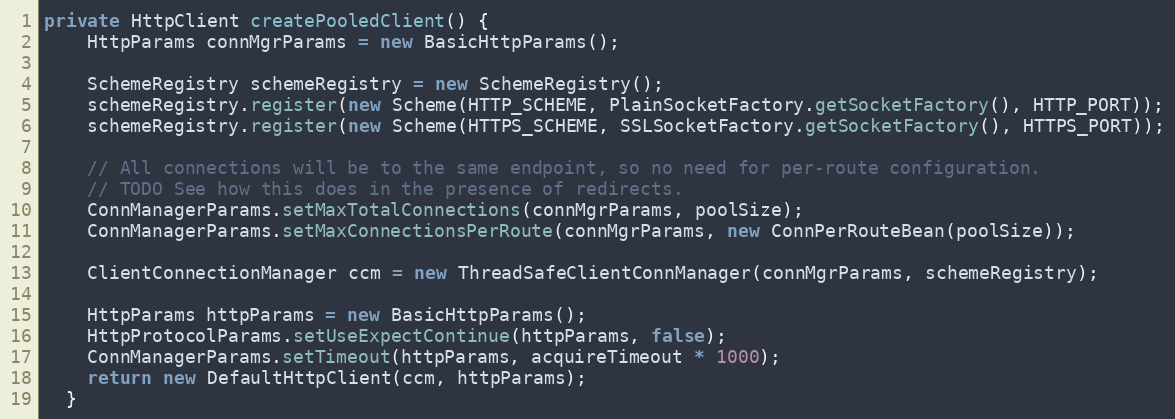
Language: Java
private HttpClient createPooledClient() {
    HttpParams connMgrParams = new BasicHttpParams();

    SchemeRegistry schemeRegistry = new SchemeRegistry();
    schemeRegistry.register(new Scheme(HTTP_SCHEME, PlainSocketFactory.getSocketFactory(), HTTP_PORT));
    schemeRegistry.register(new Scheme(HTTPS_SCHEME, SSLSocketFactory.getSocketFactory(), HTTPS_PORT));

    // All connections will be to the same endpoint, so no need for per-route configuration.
    // TODO See how this does in the presence of redirects.
    ConnManagerParams.setMaxTotalConnections(connMgrParams, poolSize);
    ConnManagerParams.setMaxConnectionsPerRoute(connMgrParams, new ConnPerRouteBean(poolSize));

    ClientConnectionManager ccm = new ThreadSafeClientConnManager(connMgrParams, schemeRegistry);

    HttpParams httpParams = new BasicHttpParams();
    HttpProtocolParams.setUseExpectContinue(httpParams, false);
    ConnManagerParams.setTimeout(httpParams, acquireTimeout * 1000);
    return new DefaultHttpClient(ccm, httpParams);
  }